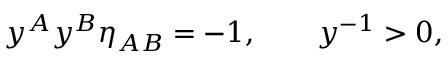
y ^ { A } y ^ { B } \eta _ { A B } = - 1 , \qquad y ^ { - 1 } > 0 ,